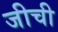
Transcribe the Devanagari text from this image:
जीची